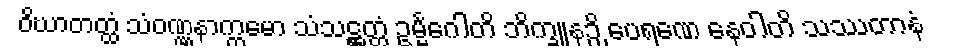
ဝိဃာတတ္ထံ သံဝဏ္ဏနာက္ကမော သံသဋ္ဌတ္တံ ဥမ္မင်္ဂေါတိ ဘိက္ခူနဉှိ ပေရဏေ နေဝါတိ သဿတာနံ